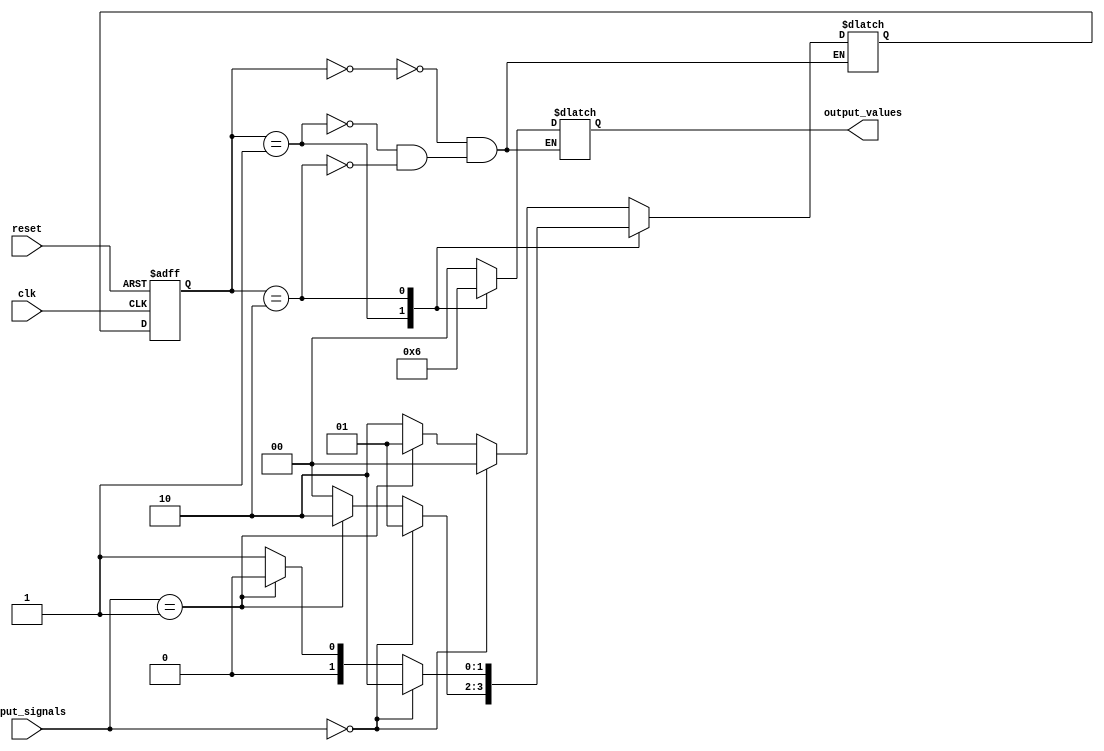
module Moore_State_Machine (
    input wire clk,
    input wire reset,
    input wire [1:0] input_signals,
    output reg [1:0] output_values
);

// Enumeration of states
parameter S0 = 2'b00;
parameter S1 = 2'b01;
parameter S2 = 2'b10;

// State register
reg [1:0] current_state;
reg [1:0] next_state;

// Output logic
always @ (current_state)
begin
    case (current_state)
        S0: output_values = 2'b00;
        S1: output_values = 2'b01;
        S2: output_values = 2'b10;
    endcase
end

// State transition logic
always @ (posedge clk or posedge reset)
begin
    if (reset)
        current_state <= S0;
    else
        current_state <= next_state;
end

always @ (*)
begin
    case (current_state)
        S0: if (input_signals == 2'b00) next_state = S0;
            else if (input_signals == 2'b01) next_state = S1;
            else next_state = S2;
            
        S1: if (input_signals == 2'b00) next_state = S1;
            else if (input_signals == 2'b01) next_state = S2;
            else next_state = S0;
            
        S2: if (input_signals == 2'b00) next_state = S2;
            else if (input_signals == 2'b01) next_state = S0;
            else next_state = S1;
    endcase
end

endmodule